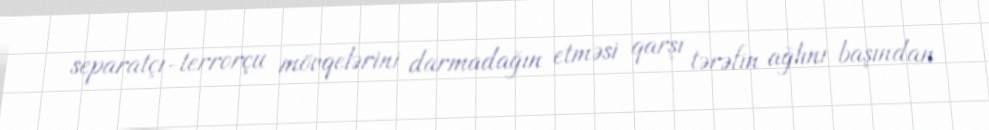
separatçı-terrorçu mövqelərini darmadağın etməsi qarşı tərəfin ağlını başından